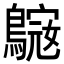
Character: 𪄓